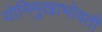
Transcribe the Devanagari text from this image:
योनिमुखाभोवती